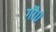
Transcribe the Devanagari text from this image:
गौ०